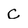
Character: C